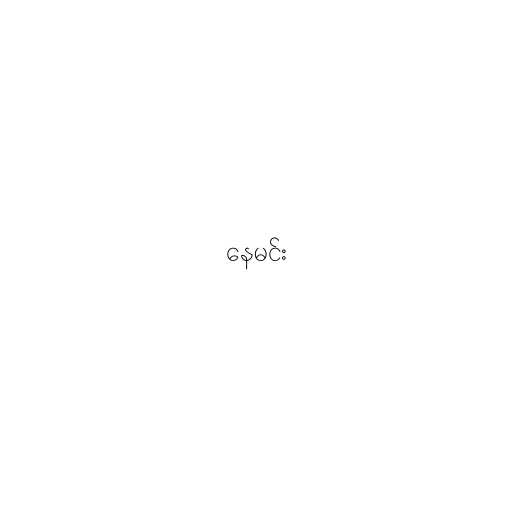
နေမင်း